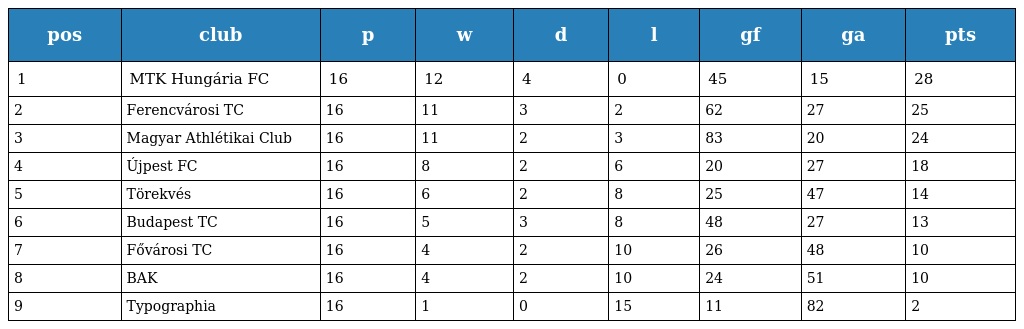
| pos | club | p | w | d | l | gf | ga | pts |
 | --- | --- | --- | --- | --- | --- | --- | --- | --- |
 | 1 | MTK Hungária FC | 16 | 12 | 4 | 0 | 45 | 15 | 28 |
 | 2 | Ferencvárosi TC | 16 | 11 | 3 | 2 | 62 | 27 | 25 |
 | 3 | Magyar Athlétikai Club | 16 | 11 | 2 | 3 | 83 | 20 | 24 |
 | 4 | Újpest FC | 16 | 8 | 2 | 6 | 20 | 27 | 18 |
 | 5 | Törekvés | 16 | 6 | 2 | 8 | 25 | 47 | 14 |
 | 6 | Budapest TC | 16 | 5 | 3 | 8 | 48 | 27 | 13 |
 | 7 | Fővárosi TC | 16 | 4 | 2 | 10 | 26 | 48 | 10 |
 | 8 | BAK | 16 | 4 | 2 | 10 | 24 | 51 | 10 |
 | 9 | Typographia | 16 | 1 | 0 | 15 | 11 | 82 | 2 |